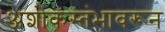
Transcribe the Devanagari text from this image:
अशोकस्तंभावरून